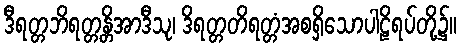
ဒီရတ္တဘိရတ္တန္တိအာဒီသု၊ ဒိရတ္တတိရတ္တံအစရှိသောပါဠိရပ်တို့၌။